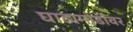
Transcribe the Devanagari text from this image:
घाडामोडींवर